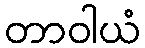
တာဝါယံ